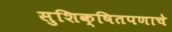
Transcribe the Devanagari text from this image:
सुशिक्षितपणाचे